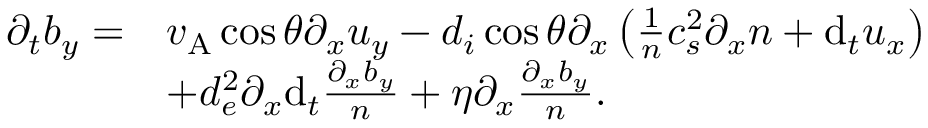
\begin{array} { r l } { \partial _ { t } b _ { y } = } & { v _ { \mathrm { A } } \cos \theta \partial _ { x } u _ { y } - d _ { i } \cos \theta \partial _ { x } \left( \frac { 1 } { n } c _ { s } ^ { 2 } \partial _ { x } n + \mathrm { d } _ { t } u _ { x } \right) } \\ & { + d _ { e } ^ { 2 } \partial _ { x } \mathrm { d } _ { t } \frac { \partial _ { x } b _ { y } } { n } + \eta \partial _ { x } \frac { \partial _ { x } b _ { y } } { n } . } \end{array}